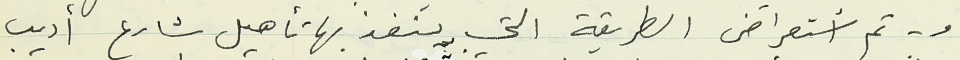
و- تم أستعراض الطريقة التي ينفذ بها تأهيل شارع أديب